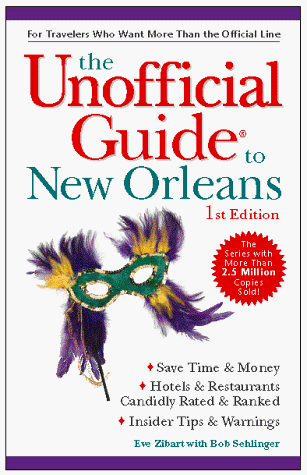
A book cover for The Unofficial Guide to New Orleans; Eve Zibart; Travel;